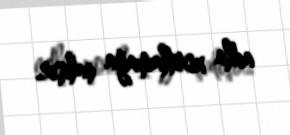
adla xortlamağa çalışır.